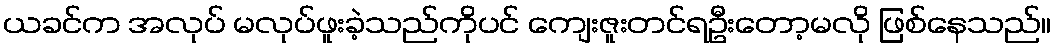
ယခင်က အလုပ် မလုပ်ဖူးခဲ့သည်ကိုပင် ကျေးဇူးတင်ရဦးတော့မလို ဖြစ်နေသည်။